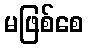
မဖြစ်စေ